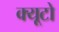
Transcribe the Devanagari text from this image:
क्यूटो